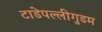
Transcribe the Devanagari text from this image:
टाडेपल्लीगुडम